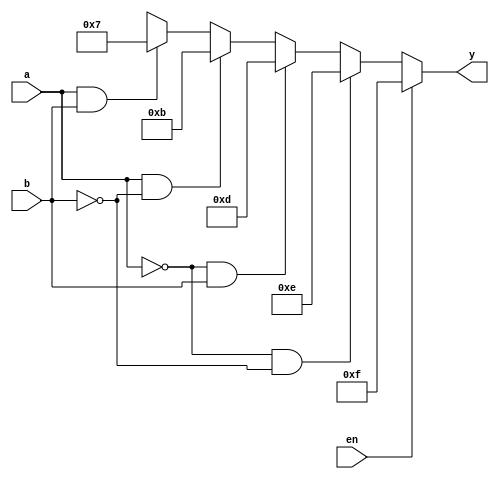
`timescale 1ns / 1ps
//////////////////////////////////////////////////////////////////////////////////
// Company: 
// 
// Design Name: 2 to 4 Decoder behavioral medeling 
// Module Name: Decode2to4
// Project Name: 
// Target Devices: 
// Tool Versions: 
// Description: 
// 
// Dependencies: 
// 
// Revision:
// Revision 0.01 - File Created
// Additional Comments:
// 
//////////////////////////////////////////////////////////////////////////////////


module Decode2to4(en,a,b,y);
   input en,a,b;

   output reg [3:0]y;
   
   always @(en,a,b)
     begin
       if(en==0)
         begin
           if(a==1'b0 & b==1'b0) y=4'b1110;
           else if(a==1'b0 & b==1'b1) y=4'b1101;
           else if(a==1'b1 & b==1'b0) y=4'b1011;
           else if(a==1 & b==1) y=4'b0111;
           else y=4'bxxxx;
         end
       else
        y=4'b1111;
     end
endmodule